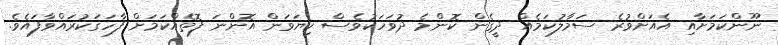
ނޫންކަމަށާއި އެއަށްވުރެ ސަމާލުކަމެއް ދީގެން ކޮންމެ ދުވަހަކުވެސް ކިޔަވަން އޮންނަ ފޮތެއްކަމަށް ފާހަގަކުރައްވާފައެވެ.